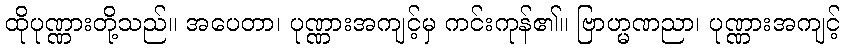
ထိုပုဏ္ဏားတို့သည်။ အပေတာ၊ ပုဏ္ဏားအကျင့်မှ ကင်းကုန်၏။ ဗြာဟ္မဏညာ၊ ပုဏ္ဏားအကျင့်